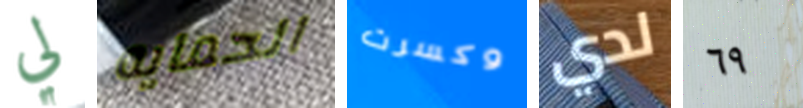
لي الحمايه وكسرت لدي ٦٩